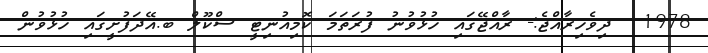
1978  ދިވެހިރާއްޖެ:- ރާއްޖޭގައި ހުޅުވުނު ފުރަތަމަ ކޮމިއުނިޓީ ސްކޫލް ބ.އޭދަފުށީގައި ހުޅުވުން